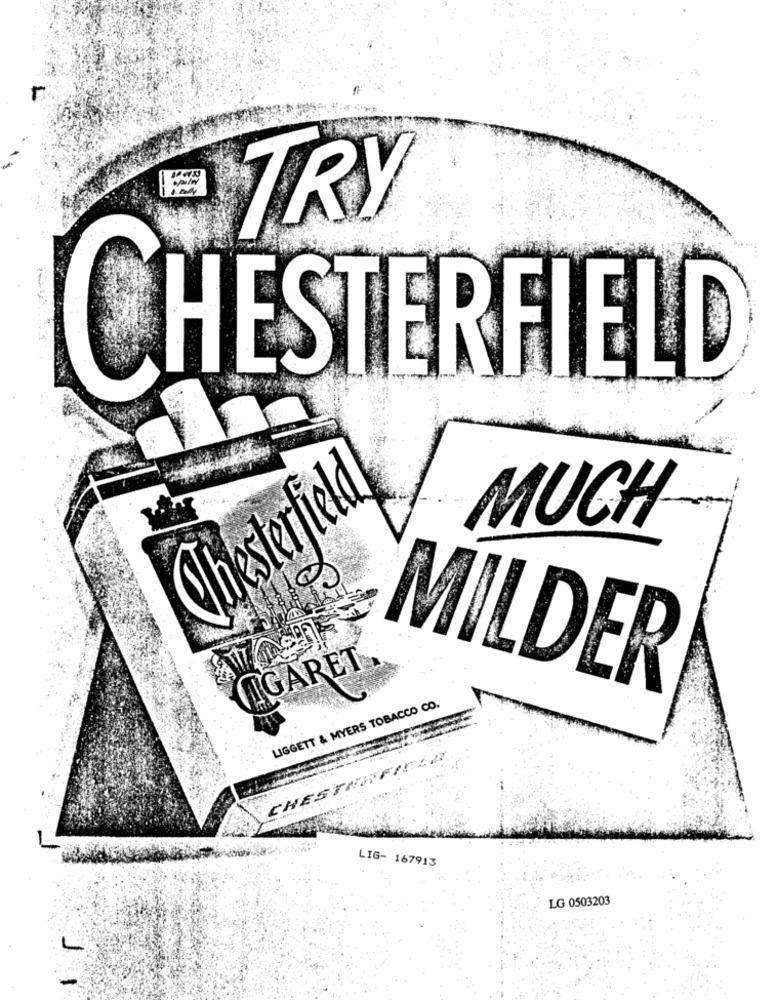
TRY
CHESTERFIELD
Chesterfield
MUCH
CIGARET
MILDER
LIGGETT & MYERS TOBACCO CO.
CHESTERFIELD
LIG- 167913
LG 0503203